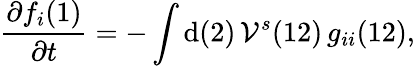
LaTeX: \frac{\partial f_{i}(1)}{\partial t}=-\int\mathrm{d}(2)\, \mathcal{V}^{s}(12)\, g_{ii}(12),